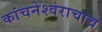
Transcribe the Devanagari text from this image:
कांचनेश्वराचाच